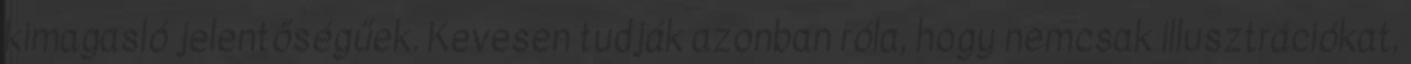
kimagasló jelentőségűek. Kevesen tudják azonban róla, hogy nemcsak illusztrációkat,